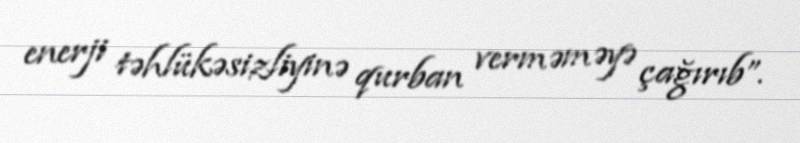
enerji təhlükəsizliyinə qurban verməməyə çağırıb”.